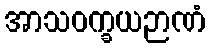
အာသဝက္ခယဉာဏံ